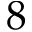
8